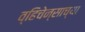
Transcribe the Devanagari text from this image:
व्हिचेन्साच्या